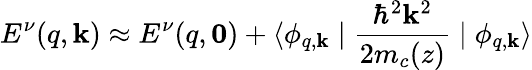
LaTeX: E^{\nu}(q,\mathbf{k})\approx E^{\nu}(q,\mathbf{0})+\langle\phi_{q,\mathbf{k}}\mid{\frac{\hbar^{2}\mathbf{k}^{2}}{2m_{c}(z)}}\mid\phi_{q,\mathbf{k}}\rangle